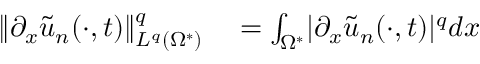
\begin{array} { r l } { \lVert \partial _ { x } \tilde { u } _ { n } ( \cdot , t ) \rVert _ { L ^ { q } ( \Omega ^ { * } ) } ^ { q } } & { { } = \int _ { \Omega ^ { * } } \lvert \partial _ { x } \tilde { u } _ { n } ( \cdot , t ) \rvert ^ { q } d x } \end{array}